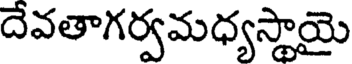
దేవతాగర్వమధ్యస్థాయై